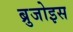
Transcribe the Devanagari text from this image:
ब्रुजोइस